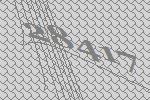
28417